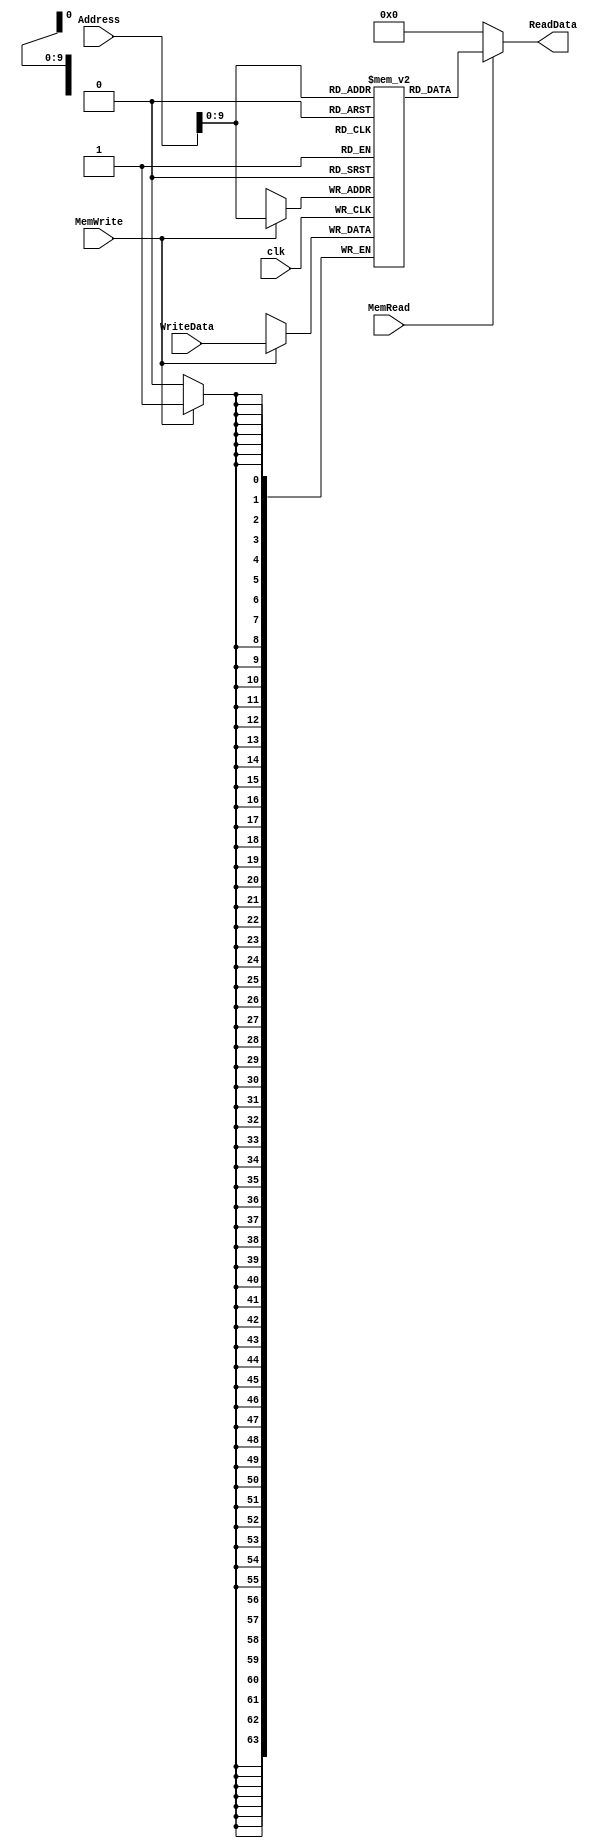
module ourDataMemory(clk,Address,ReadData,WriteData,MemWrite,MemRead);
 input clk,MemRead,MemWrite;
 parameter n =63;
 input [n:0]Address;
 input [n:0]WriteData;
 output [n:0]ReadData;
 reg [n:0]memory[0:1023];
 always@(posedge clk)
  begin
   if(MemWrite)
    memory[Address] <= WriteData;
  end
 assign ReadData = (MemRead == 1'b1) ? memory[Address]:64'd0;
endmodule